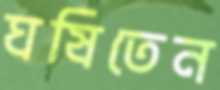
ঘষিতেন